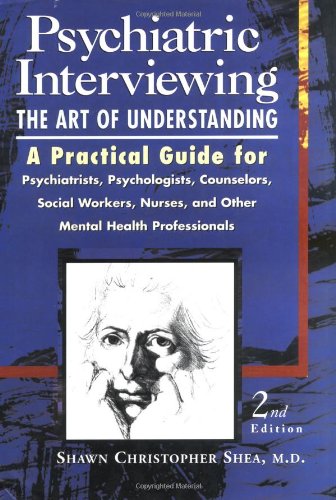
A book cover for Psychiatric Interviewing: the Art of Understanding A Practical Guide for Psychiatrists, Psychologists, Counselors, Social Workers, Nurses, and Other Mental Health Professionals; Shawn Christopher Shea; Medical Books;